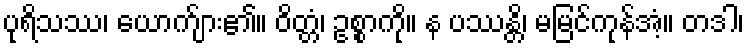
ပုရိသဿ၊ ယောက်ျား၏။ ဝိတ္တံ၊ ဥစ္စာကို။ န ပဿန္တိ၊ မမြင်ကုန်အံ့။ တဒါ၊